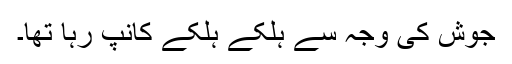
جوش کی وجہ سے ہلکے ہلکے کانپ رہا تھا۔